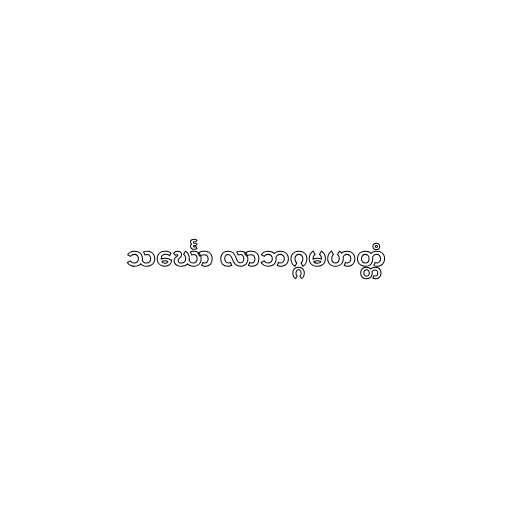
သင်္ဃော လာဘဂ္ဂမဟတ္တံ